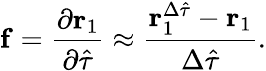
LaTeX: \mathbf{f}=\frac{\partial\mathbf{r}_{1}}{\partial\hat{\tau}}\approx\frac{\mathbf{r}_{1}^{\Delta\hat{\tau}}-\mathbf{r}_{1}}{\Delta\hat{\tau}}.